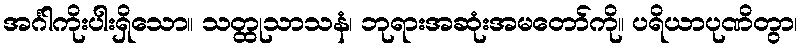
အင်္ဂါကိုးပါးရှိသော။ သတ္ထုသာသနံ၊ ဘုရားအဆုံးအမတော်ကို။ ပရိယာပုဏိတွာ၊